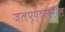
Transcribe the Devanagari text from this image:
जलपृष्ठावरील